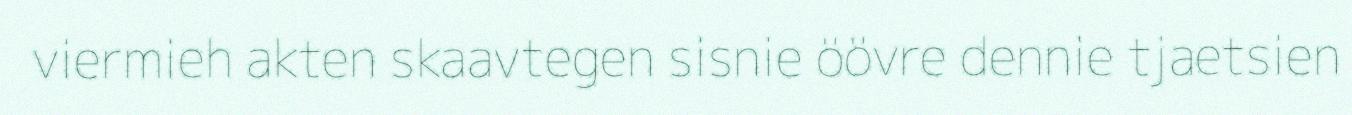
viermieh akten skaavtegen sisnie öövre dennie tjaetsien